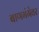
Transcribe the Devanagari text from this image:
बाणगंगेवर